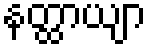
နတ္ထာယျာ